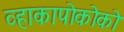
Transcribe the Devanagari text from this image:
व्हाकापोकोको